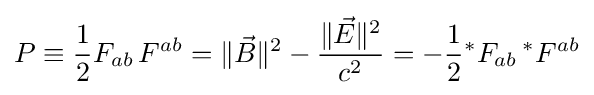
P\equiv {\frac {1}{2}}F_{ab}\,F^{ab}=\|{\vec {B}}\|^{2}-{\frac {\|{\vec {E}}\|^{2}}{c^{2}}}=-{\frac {1}{2}}{}^{*}F_{ab}\,{}^{*}F^{ab}